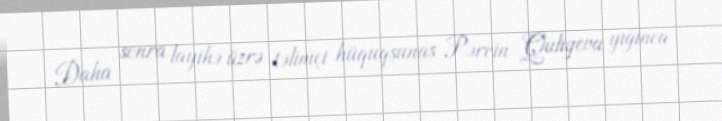
Daha sonra layihə üzrə təlimçi hüquqşunas Pərvin Quliyeva yığınca